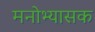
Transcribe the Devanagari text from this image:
मनोभ्यासक